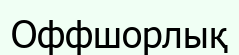
Оффшорлық